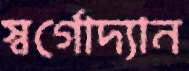
স্বর্গোদ্যান